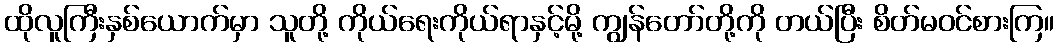
ထိုလူကြီးနှစ်ယောက်မှာ သူတို့ ကိုယ်ရေးကိုယ်ရာနှင့်မို့ ကျွန်တော်တို့ကို တယ်ပြီး စိတ်မဝင်စားကြ။